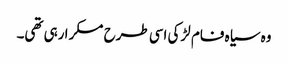
وہ سیاہ فام لڑکی اسی طرح مسکرا رہی تھی۔